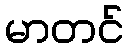
မာတင်